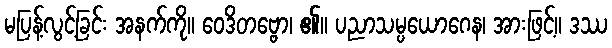
မပြန့်လွင့်ခြင်း အနက်ကို။ ဝေဒိတဗ္ဗော၊ ၏။ ပညာသမ္ပယောဂေန၊ အားဖြင့်။ ဒဿ